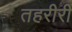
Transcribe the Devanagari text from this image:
तहरीरी